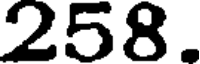
258.